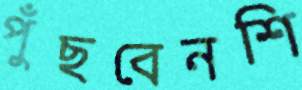
পুঁছবেনশি